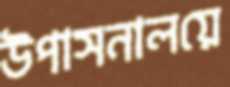
উপাসনালয়ে